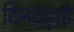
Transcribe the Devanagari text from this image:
दिनदह़ाडे